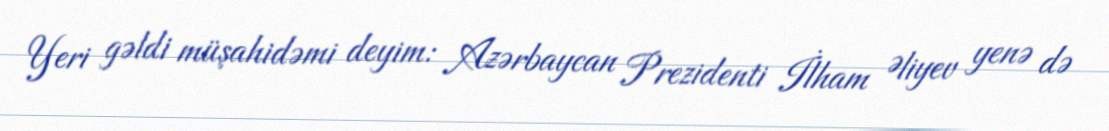
Yeri gəldi müşahidəmi deyim: Azərbaycan Prezidenti İlham Əliyev yenə də